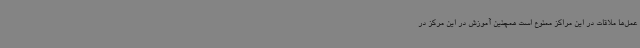
عمل‌ها ملاقات‌ در این مراکز ممنوع است همچنین آموزش در این مرکز در